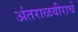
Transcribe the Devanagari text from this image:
अंतराळवीराचे